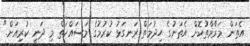
އެތަން މަރާމާތުކޮށް އެތަނުގެ ހިދުމަތް ރަނގަޅު ކުރުމުގެ މަސައްކަތް މި ދަނީ ކުރިއަށް."